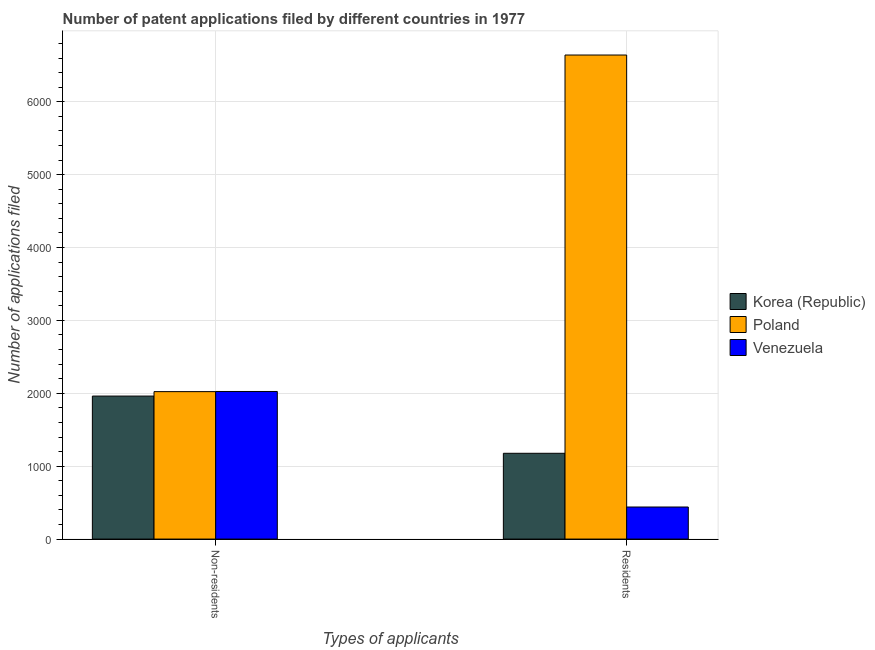
| Types of applicants | Korea (Republic) | Poland | Venezuela |
 | --- | --- | --- | --- |
 | Non-residents | 1.96e+03 | 2.02e+03 | 2.02e+03 |
 | Residents | 1.18e+03 | 6.64e+03 | 440 |